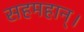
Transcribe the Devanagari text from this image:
सहमहान्।